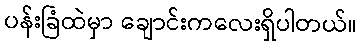
ပန်းခြံထဲမှာ ချောင်းကလေးရှိပါတယ်။